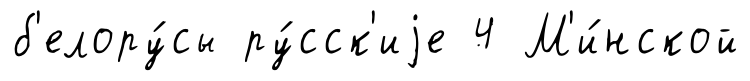
б'елору́сы ру́сск'иjе 4 М'и́нской